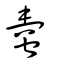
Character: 𧍾